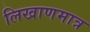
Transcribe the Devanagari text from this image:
लिखाणमात्र